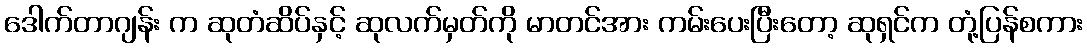
ဒေါက်တာဂျန်း က ဆုတံဆိပ်နှင့် ဆုလက်မှတ်ကို မာတင်အား ကမ်းပေးပြီးတော့ ဆုရှင်က တုံ့ပြန်စကား